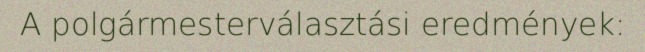
A polgármesterválasztási eredmények: